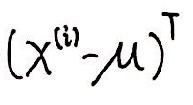
\((X^{(i)}-\mu)^{\top}\)